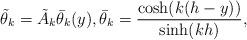
LaTeX: \begin{align*}\tilde\theta_k= \tilde A_k \bar \theta_k(y), \bar\theta_k=\frac{\cosh( k(h-y))}{\sinh( k h)},\end{align*}